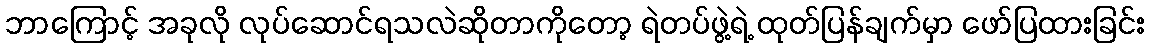
ဘာကြောင့် အခုလို လုပ်ဆောင်ရသလဲဆိုတာကိုတော့ ရဲတပ်ဖွဲ့ရဲ့ ထုတ်ပြန်ချက်မှာ ဖော်ပြထားခြင်း